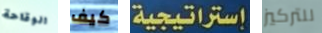
الوقاحة كيف إستراتيجية للتركيز